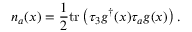
n _ { a } ( x ) = \frac { 1 } { 2 } \mathrm { t r } \left( \tau _ { 3 } g ^ { \dagger } ( x ) \tau _ { a } g ( x ) \right) .